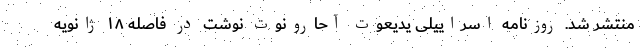
منتشر شد. روزنامه اسراییلی یدیعوت آحارونوت نوشت در فاصله ۱۸ ژانویه